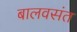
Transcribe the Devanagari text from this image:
बालवसंत